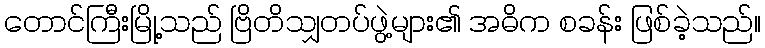
တောင်ကြီးမြို့သည် ဗြိတိသျှတပ်ဖွဲ့များ၏ အဓိက စခန်း ဖြစ်ခဲ့သည်။